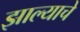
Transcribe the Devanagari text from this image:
झाल्‍याचे